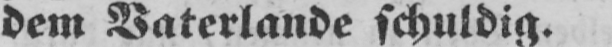
dem Vaterlande schuldig.